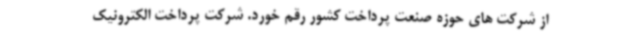
از شرکت های حوزه صنعت پرداخت کشور رقم خورد. شرکت پرداخت الکترونیک